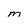
Character: M